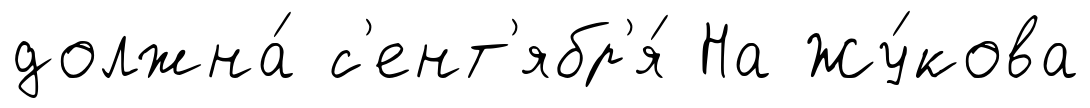
должна́ с'ент'ябр'я́ На Жу́кова